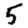
Digit: 5